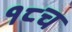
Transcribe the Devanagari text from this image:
१८च